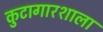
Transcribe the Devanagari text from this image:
कुटागारशाला